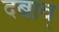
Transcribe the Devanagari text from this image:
दबाव्